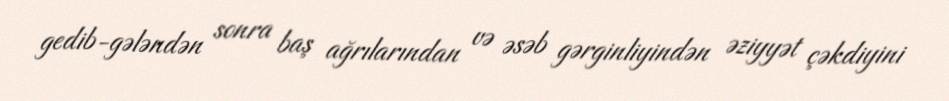
gedib-gələndən sonra baş ağrılarından və əsəb gərginliyindən əziyyət çəkdiyini